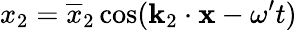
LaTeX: x_{2}=\overline{{x}}_{2}\cos(\mathbf{k}_{2}\cdot\mathbf{x}-\omega^{\prime}t)